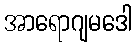
အာရောဂျမဒေါ